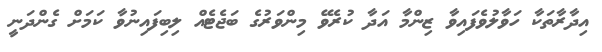
އިދާރާތަކާ ހަވާލުވެފައިވާ ޒިންމާ އަދާ ކުރެވޭ މިންވަރުގެ ބަޖެޓެއް ލިބިފައިނުވާ ކަމަށް ގެންދަނީ